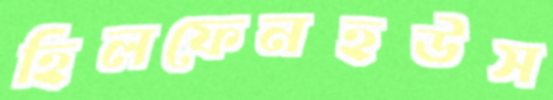
হিলফেনহউস